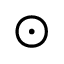
\odot